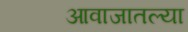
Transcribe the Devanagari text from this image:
आवाजातल्या